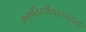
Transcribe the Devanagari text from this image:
क्रतुपतिरधीशस्तनुभृतां।